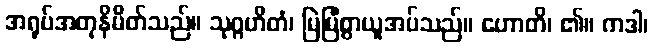
အရုပ်အတုနိမိတ်သည်။ သုဂ္ဂဟိတံ၊ မြဲမြံစွာယူအပ်သည်။ ဟောတိ၊ ၏။ ကဒါ၊